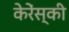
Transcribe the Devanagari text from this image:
केरेंस्की